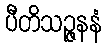
ပီတိသဉ္ဇနနံ